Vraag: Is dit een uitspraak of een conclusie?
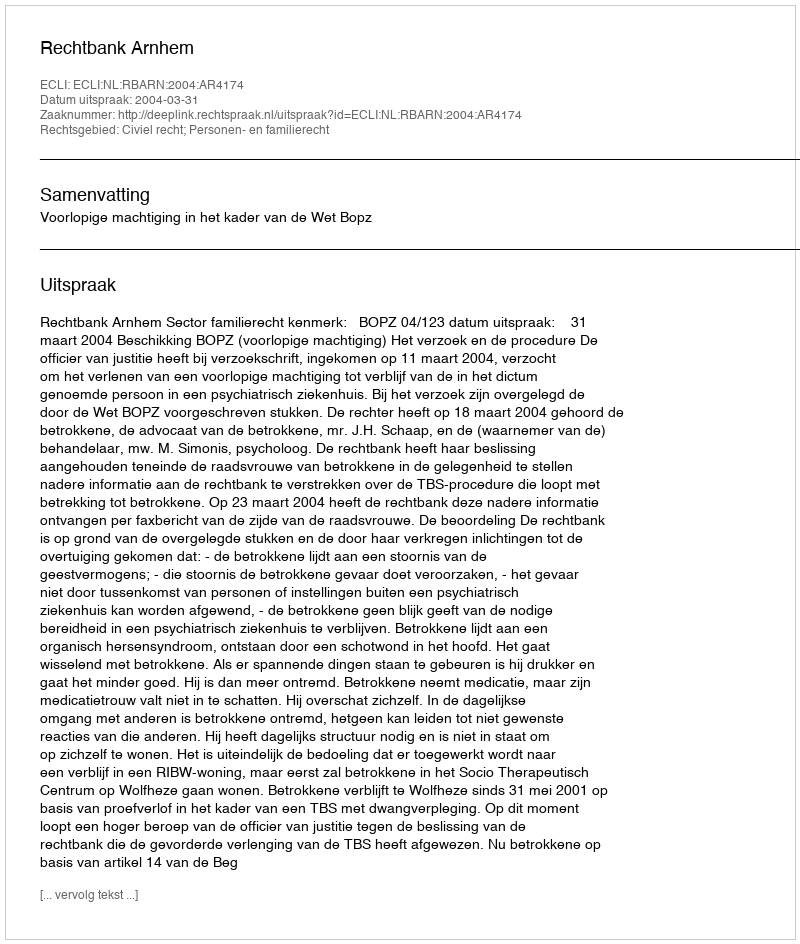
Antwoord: Uitspraak